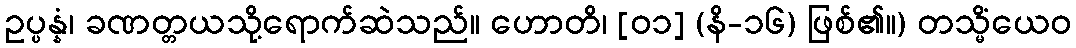
ဥပ္ပန္နံ၊ ခဏတ္တယသို့ရောက်ဆဲသည်။ ဟောတိ၊ [၀၁] (နိ-၁၆) ဖြစ်၏။) တသ္မိံယေဝ